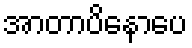
အာတာပိနောပေ